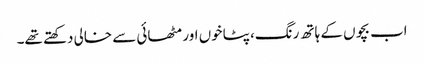
اب بچوں کے ہاتھ رنگ، پٹاخوں اور مٹھائی سے خالی دکھتے تھے۔